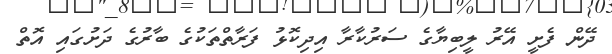
ދޭން ފެށީ އޭރު ލީބިޔާގެ ސަރުކާރާ އިދިކޮޅު ފަރާތްތަކުގެ ބާރުގެ ދަށުގައި އޮތް